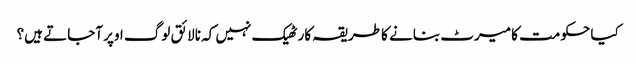
کیا حکومت کا میرٹ بنانے کا طریقہ کار ٹھیک نہیں کہ نالائق لوگ اوپر آجاتے ہیں؟